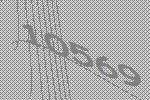
10569